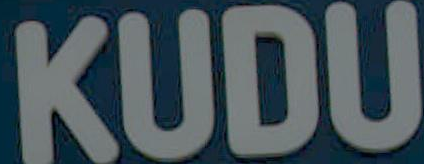
KUDU